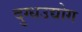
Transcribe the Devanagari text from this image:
दुग्धउद्योग